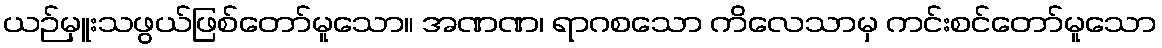
ယဉ်မှူးသဖွယ်ဖြစ်တော်မူသော။ အဏဏ၊ ရာဂစသော ကိလေသာမှ ကင်းစင်တော်မူသော